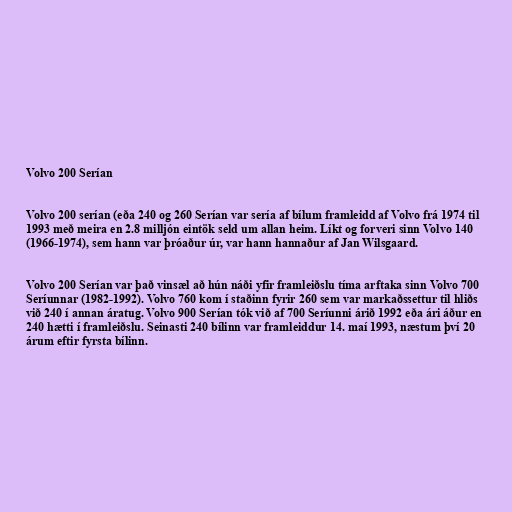
Volvo 200 Serían

Volvo 200 serían (eða 240 og 260 Serían var sería af bílum framleidd af Volvo frá 1974 til
1993 með meira en 2.8 milljón eintök seld um allan heim. Líkt og forveri sinn Volvo 140
(1966-1974), sem hann var þróaður úr, var hann hannaður af Jan Wilsgaard.

Volvo 200 Serían var það vinsæl að hún náði yfir framleiðslu tíma arftaka sinn Volvo 700
Seríunnar (1982-1992). Volvo 760 kom í staðinn fyrir 260 sem var markaðssettur til hliðs
við 240 í annan áratug. Volvo 900 Serían tók við af 700 Seríunni árið 1992 eða ári áður en
240 hætti í framleiðslu. Seinasti 240 bílinn var framleiddur 14. maí 1993, næstum því 20
árum eftir fyrsta bílinn.